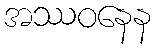
အဿဝနေန